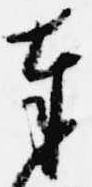
奉